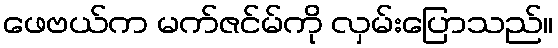
ဖေဗယ်က မက်ဇင်မ်ကို လှမ်းပြောသည်။